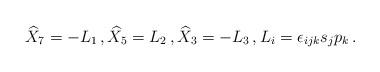
LaTeX: \begin{align*}\widehat{X}_{7}=-L_1\,,\widehat{X}_{5}=L_2\,,\widehat{X}_{3}=-L_3\,,L_i=\epsilon_{ijk}s_j p_{k}\, .\end{align*}